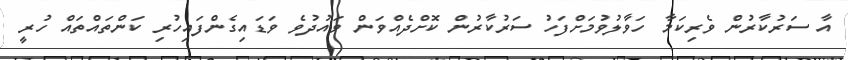
އާ ސަރުކާރުން ވެރިކަމާ ހަވާލުވުމަށްފަހު ސަރުކާރުން ކޮށްދެއްވަން ވައުދުވެ ވަޑައިގެންފައިހުރި ކަންތައްތައް ހުރީ